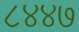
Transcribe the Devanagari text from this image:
८४४७